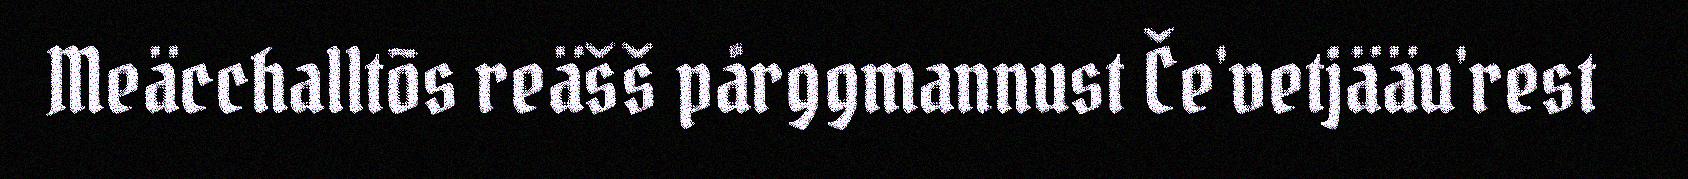
Meäcchalltõs reäšš pårggmannust Če'vetjääu'rest